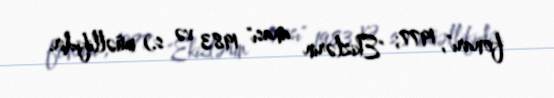
fonarı", 1977; "Ekizlərin anası" 1983 və s.) müəllifidir.